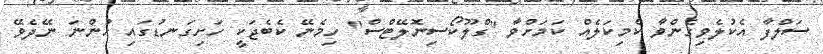
ސަލްފާ އެކުލެވިގެންވާ ކެމިކަލެއް ކަމަށްވާ "ގްލޫކޯސިނޮލޭޓްސް" ހިމެނޭ ކެބެޖަކީ ހަށިގަނޑުގައި ހުންނަ ނޭދެވޭ